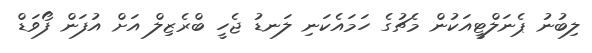
ލިބުނު ޕެނަލްޓީއަކުން މެޗުގެ ހަމައެކަނި ލަނޑު ޖެހީ ބްރެޒިލް އަށް އުފަން ފޯވަޑް